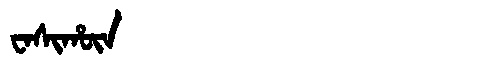
Manchu: ᠸᠠᠰᡳᡥᡡᠨ
Romanization: WASIHŪN